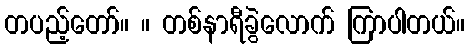
တပည့်တော်။ ။ တစ်နာရီခွဲလောက် ကြာပါတယ်။